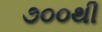
૭૦૦થી